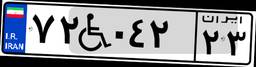
۲۱W۳۷۲۵۰